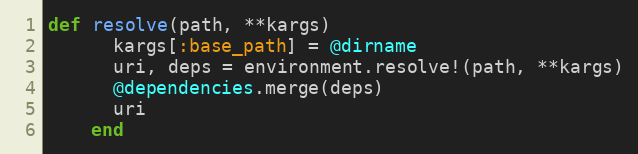
Language: Ruby
def resolve(path, **kargs)
      kargs[:base_path] = @dirname
      uri, deps = environment.resolve!(path, **kargs)
      @dependencies.merge(deps)
      uri
    end